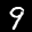
Label: 9